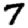
Digit: 7